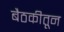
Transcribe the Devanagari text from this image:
बैठकीतून